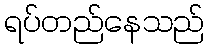
ရပ်တည်နေသည်